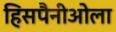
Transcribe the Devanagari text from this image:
हिसपैनीओला